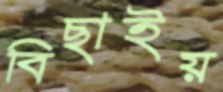
বিছাইয়